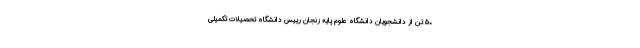
۵۰ تن از دانشجویان دانشگاه علوم پایه زنجان رییس دانشگاه تحصیلات تکمیلی